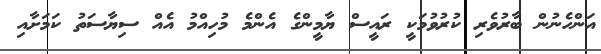
އަންހެނުން ބާރުވެރި ކުރުވުމަކީ ރައީސް ޔާމީންގެ އެންމެ މުހިއްމު އެއް ސިޔާސަތު ކަމަށާއި